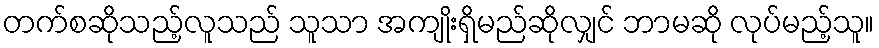
တက်စဆိုသည့်လူသည် သူသာ အကျိုးရှိမည်ဆိုလျှင် ဘာမဆို လုပ်မည့်သူ။